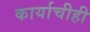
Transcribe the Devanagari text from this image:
कार्याचीही